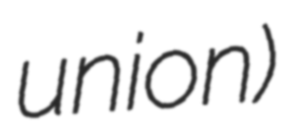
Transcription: union)